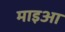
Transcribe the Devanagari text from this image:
माइआ